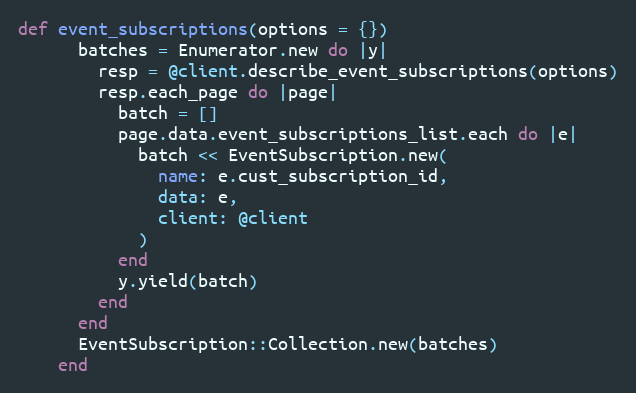
Language: Ruby
def event_subscriptions(options = {})
      batches = Enumerator.new do |y|
        resp = @client.describe_event_subscriptions(options)
        resp.each_page do |page|
          batch = []
          page.data.event_subscriptions_list.each do |e|
            batch << EventSubscription.new(
              name: e.cust_subscription_id,
              data: e,
              client: @client
            )
          end
          y.yield(batch)
        end
      end
      EventSubscription::Collection.new(batches)
    end